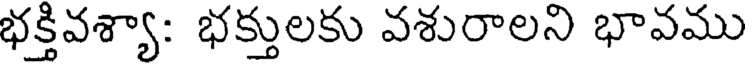
భక్తివశ్యా: భక్తులకు వశురాలని భావము